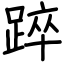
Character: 踤